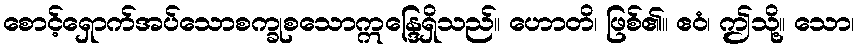
စောင့်ရှောက်အပ်သောစက္ခုစသောဣန္ဒြေရှိသည်။ ဟောတိ၊ ဖြစ်၏။ ဧဝံ၊ ဤသို့။ သော၊